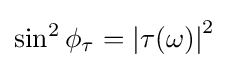
\sin ^{2}\phi _{\tau }=\left|\tau (\omega )\right|^{2}